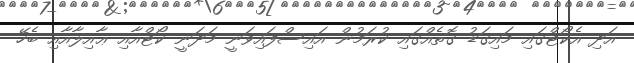
އަދި އެކޯޓްގައި މައިގަޑު ގޮތެއްގައި ކުރަމުން އައިސްފައިވަނީ މަދަނީ ކޯޓްއާއި ޢާއިލާއާއި ބެހޭ